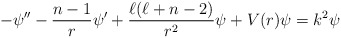
\begin{align*}-\psi''-\frac{n-1}{r}\psi' + \frac{\ell(\ell+n-2)}{r^{2}}\psi + V(r)\psi = k^{2}\psi \end{align*}